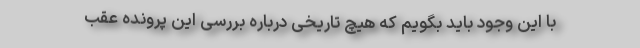
با این وجود باید بگویم که هیچ تاریخی درباره بررسی این پرونده عقب